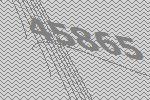
45865